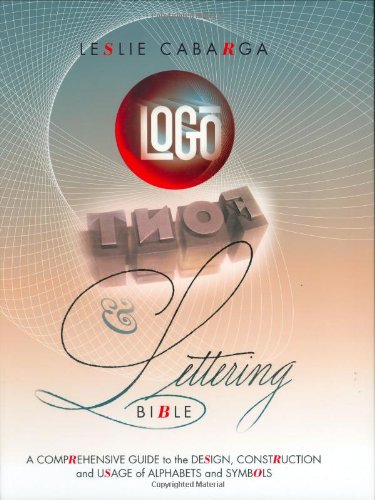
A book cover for Logo, Font & Lettering Bible; Leslie Cabarga; Arts & Photography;